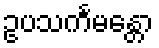
ဥပသင်္ကမန္တော